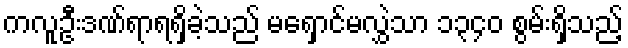
ကလူဦးဒဏ်ရာရရှိခဲ့သည် မရှောင်မလွှဲသာ ၁၃၄၀ စွမ်းရှိသည့်